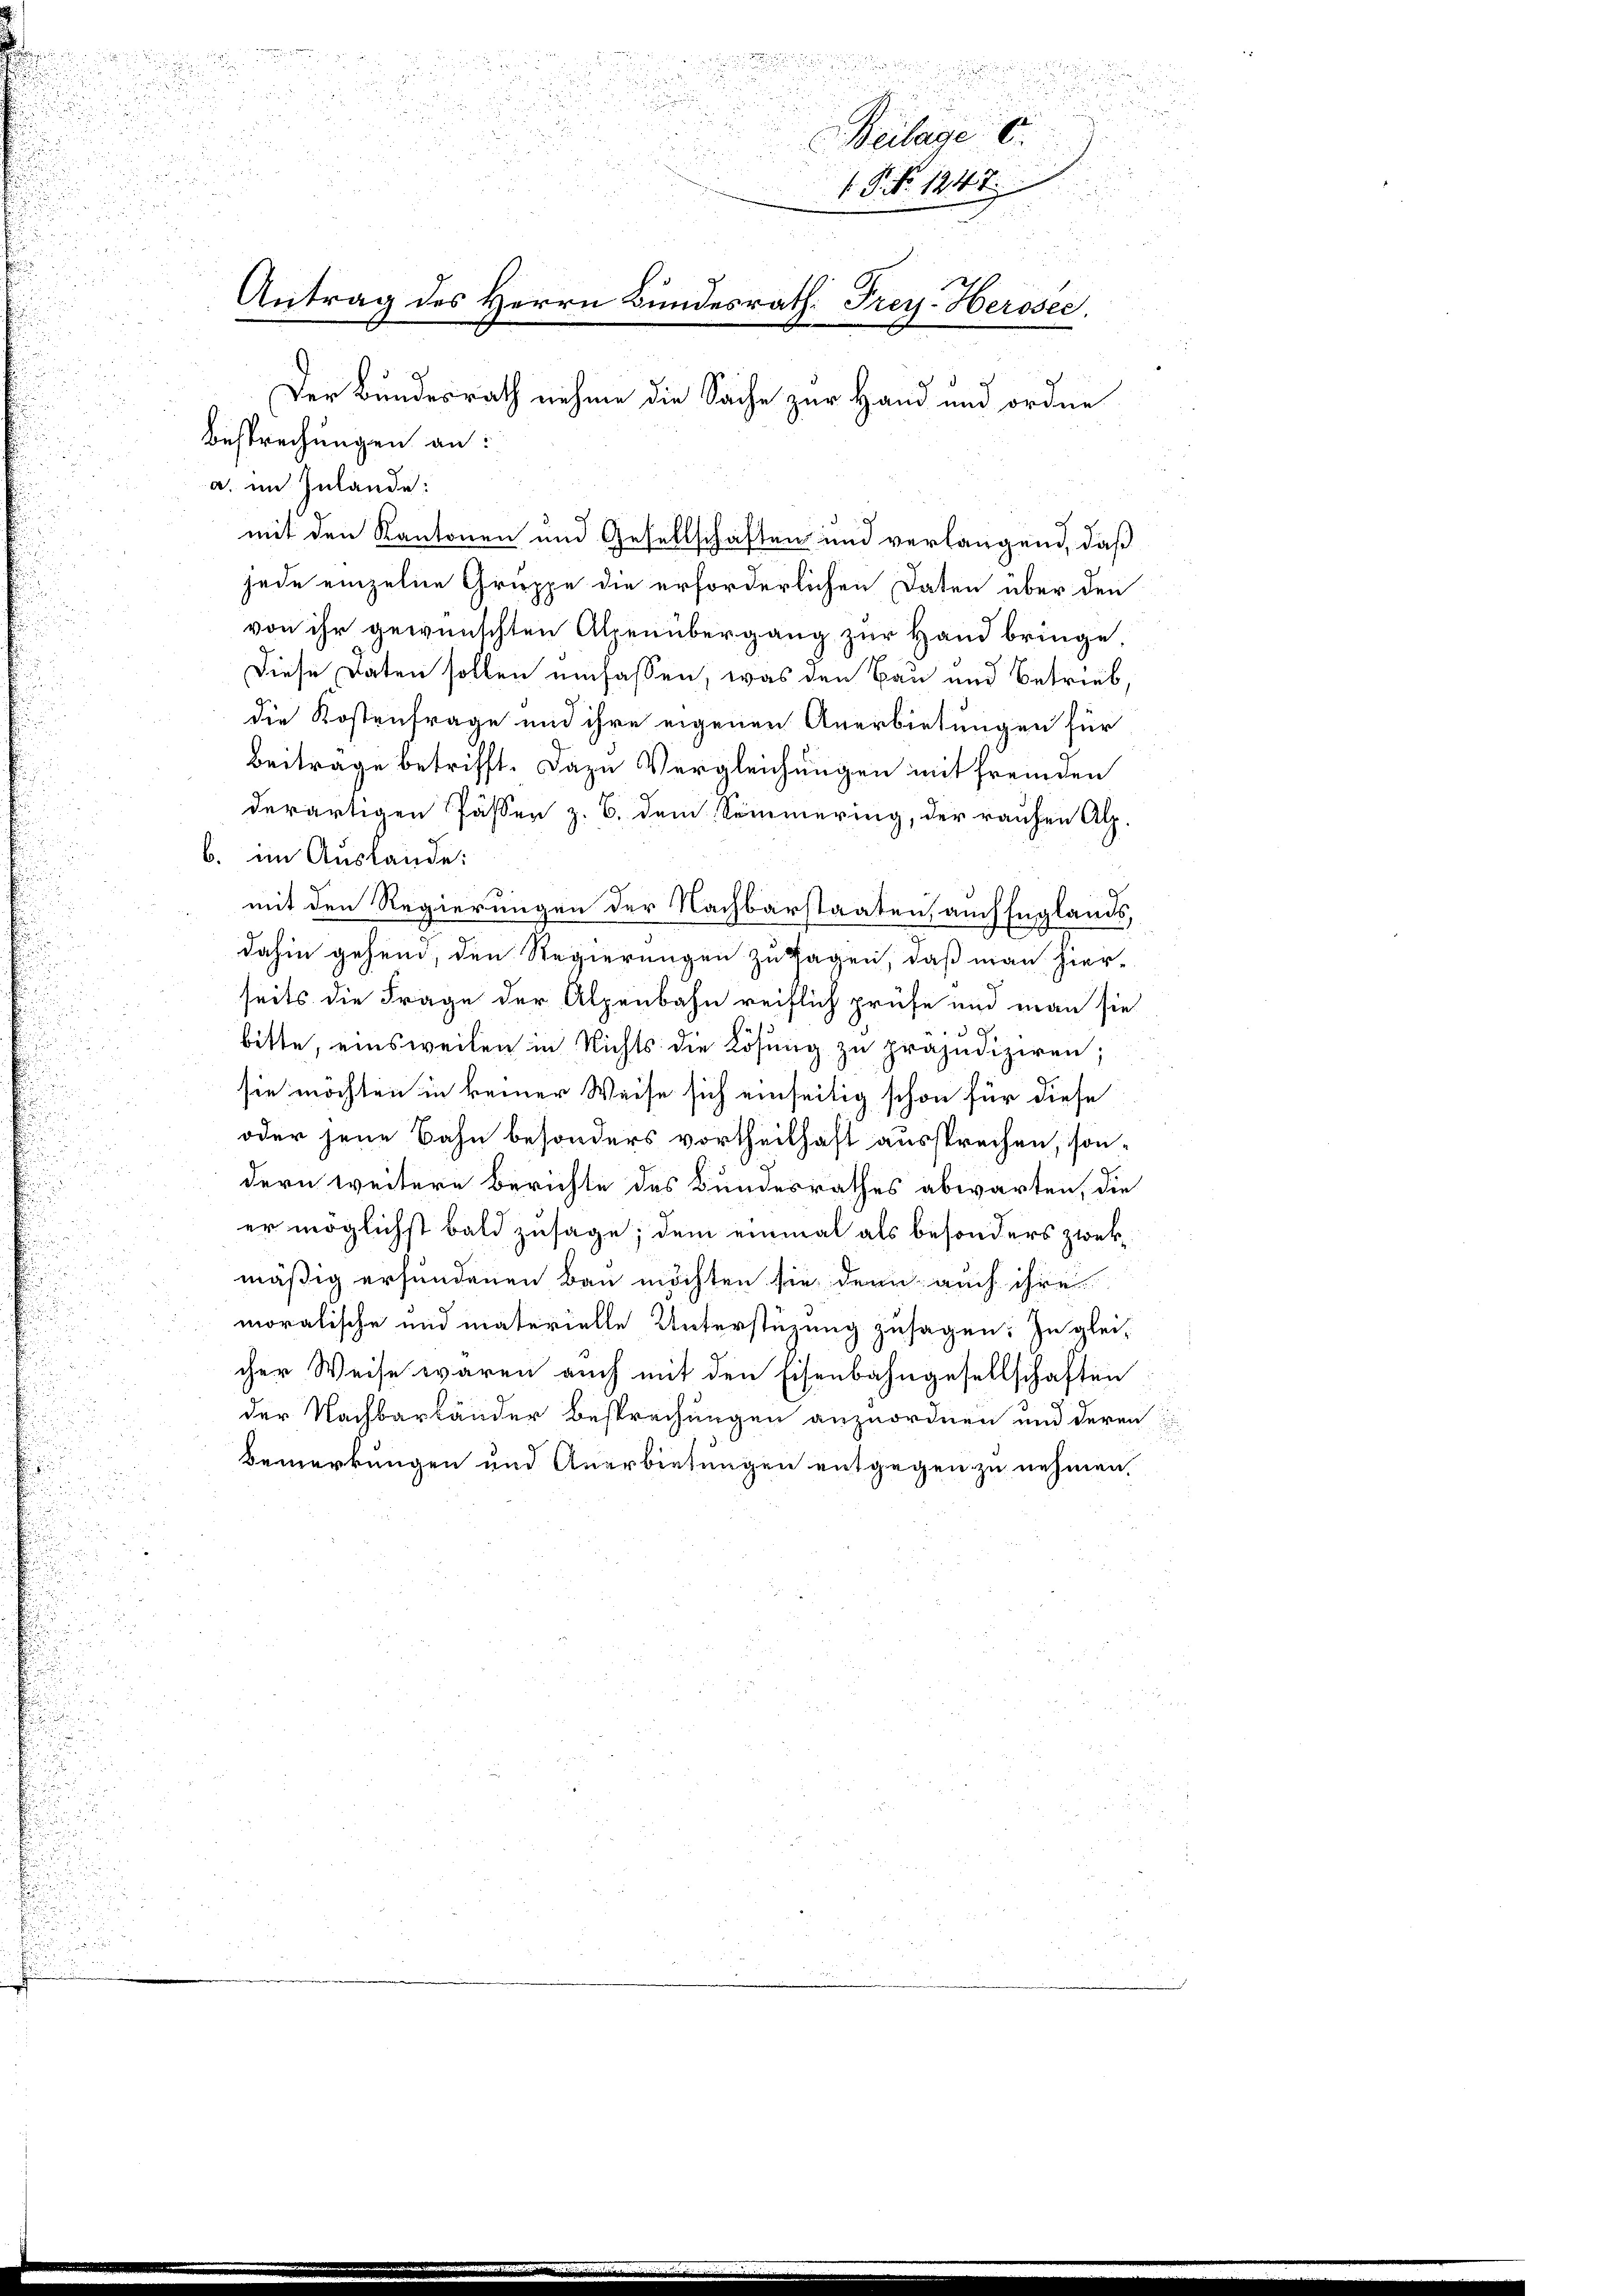
jede einzelne Gruppe die erforderlichen Daten über den
von ihr gewünschten Alpenübergang zur Hand bringe.
Diese Daten sollen umfassen, was den Bau und Betrieb,
die Kostenfrage und ihre eigenen Anerbietungen für
Beitrage betrifft. Dazu Vergleichungen mit fremden
derartigen Pässen z. B. dem Sommering, der rauhen Alp.
b. im Auslände:
mit den Regierungen der Nachbarstaaten, auch Englands,
dahin gehend, den Regierungen zu sagen, daß man hier-
seits die Frage der Alpenbahn reiflich prüfe und man sie
bitte, einsweilen in Nichts die Lösung zu präjudiziren;
sie möchten in keiner Weise sich einseitig schon für diese
oder jene Bahn besonders vortheilhaft aussprechen, sondern weitere Berichte des Bundesrathes abwarten, die
er möglichst bald zusage; dem einmal als besonders zwekmäßig erfundenen Bau möchten sie, denn auch ihre
moralische und materielle Unterstüzung zusagen: Zu gleicher Weise waren auch mit den Eisenbahngesellschaften
der Nachbarländer Besprechungen anzuordnen und deren
Bemerkungen und Anerbietungen entgegen zu nehmen,

a. im Inlande:
mit den Kantonen und Gesellschaften und verlangend, daß

e

d

Bi
u
u
Beilage 6.

.
u
 P. Nr. 1247.
Antrag des Herrn Bundesrath. Frey- Herosec.
Der Bundesrath nehme die Sache zur Hand und ordne
Besprechungen an:

2